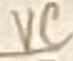
Text: VC